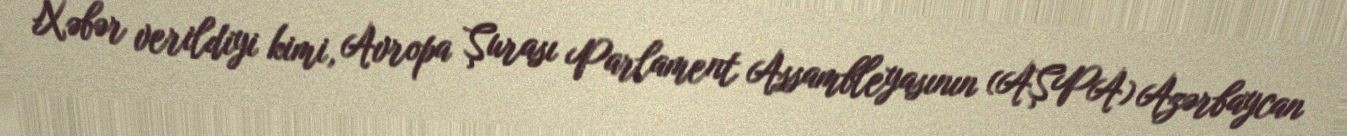
Xəbər verildiyi kimi, Avropa Şurası Parlament Assambleyasının (AŞPA) Azərbaycan